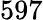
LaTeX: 597